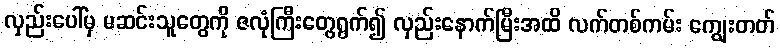
လှည်းပေါ်မှ မဆင်းသူတွေကို ဇလုံကြီးတွေရွက်၍ လှည်းနောက်မြီးအထိ လက်တစ်ကမ်း ကျွေးတတ်